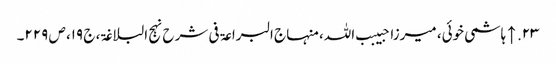
۲۳. ↑ ہاشمی خوئی، میرزا حبیبب اللہ، منہاج البراعۃ فی شرح نہج البلاغۃ، ج ۱۹، ص ۲۲۹۔